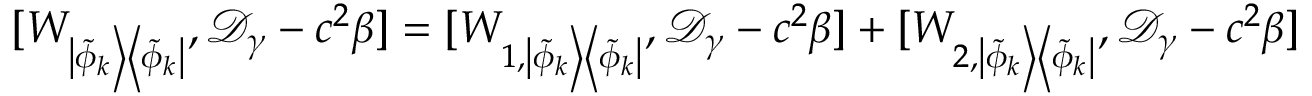
[ W _ { \left| \widetilde { \phi } _ { k } \right> \left< \widetilde { \phi } _ { k } \right| } , \mathcal D _ { \gamma } - c ^ { 2 } \beta ] = [ W _ { 1 , \left| \widetilde { \phi } _ { k } \right> \left< \widetilde { \phi } _ { k } \right| } , \mathcal D _ { \gamma } - c ^ { 2 } \beta ] + [ W _ { 2 , \left| \widetilde { \phi } _ { k } \right> \left< \widetilde { \phi } _ { k } \right| } , \mathcal D _ { \gamma } - c ^ { 2 } \beta ]